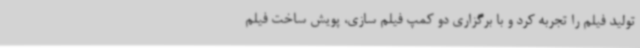
تولید فیلم را تجربه کرد و با برگزاری دو کمپ فیلم سازی، پویش ساخت فیلم